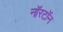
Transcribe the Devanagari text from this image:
नॉरटॉन